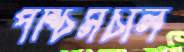
পশ্চিমচাল